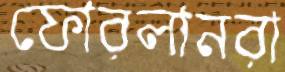
ফোরলানরা